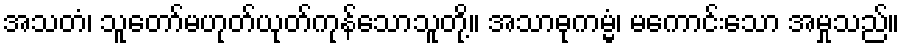
အသတံ၊ သူတော်မဟုတ်ယုတ်ကုန်သောသူတို့။ အသာဓုကမ္မံ၊ မကောင်းသော အမှုသည်။